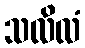
သလိလံ